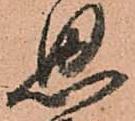
思